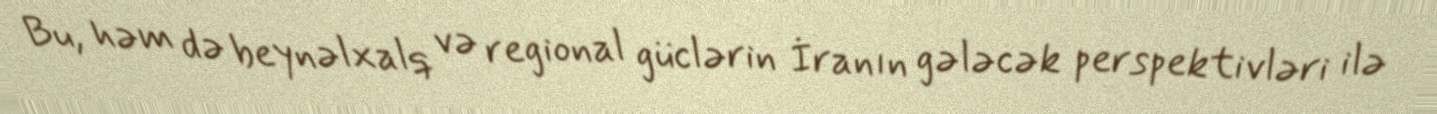
Bu, həm də beynəlxalq və regional güclərin İranın gələcək perspektivləri ilə